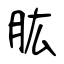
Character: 肱